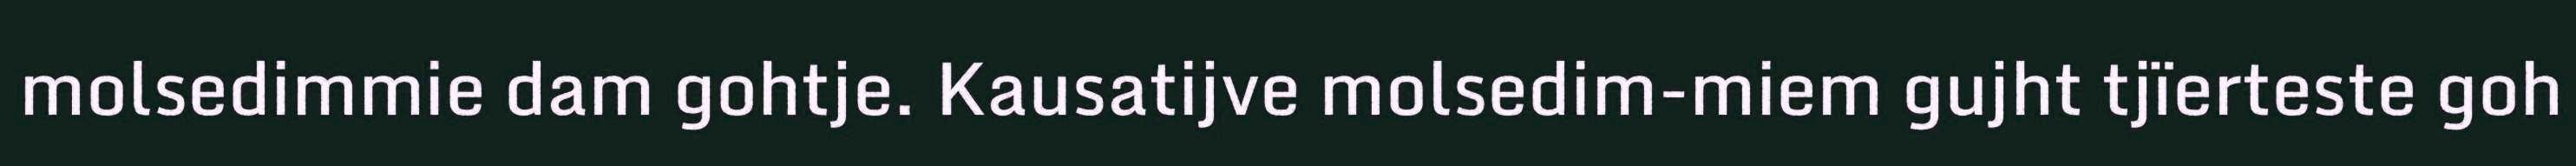
molsedimmie dam gohtje. Kausatijve molsedim-miem gujht tjïerteste goh